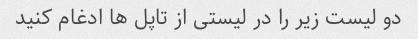
دو لیست زیر را در لیستی از تاپل ها ادغام کنید